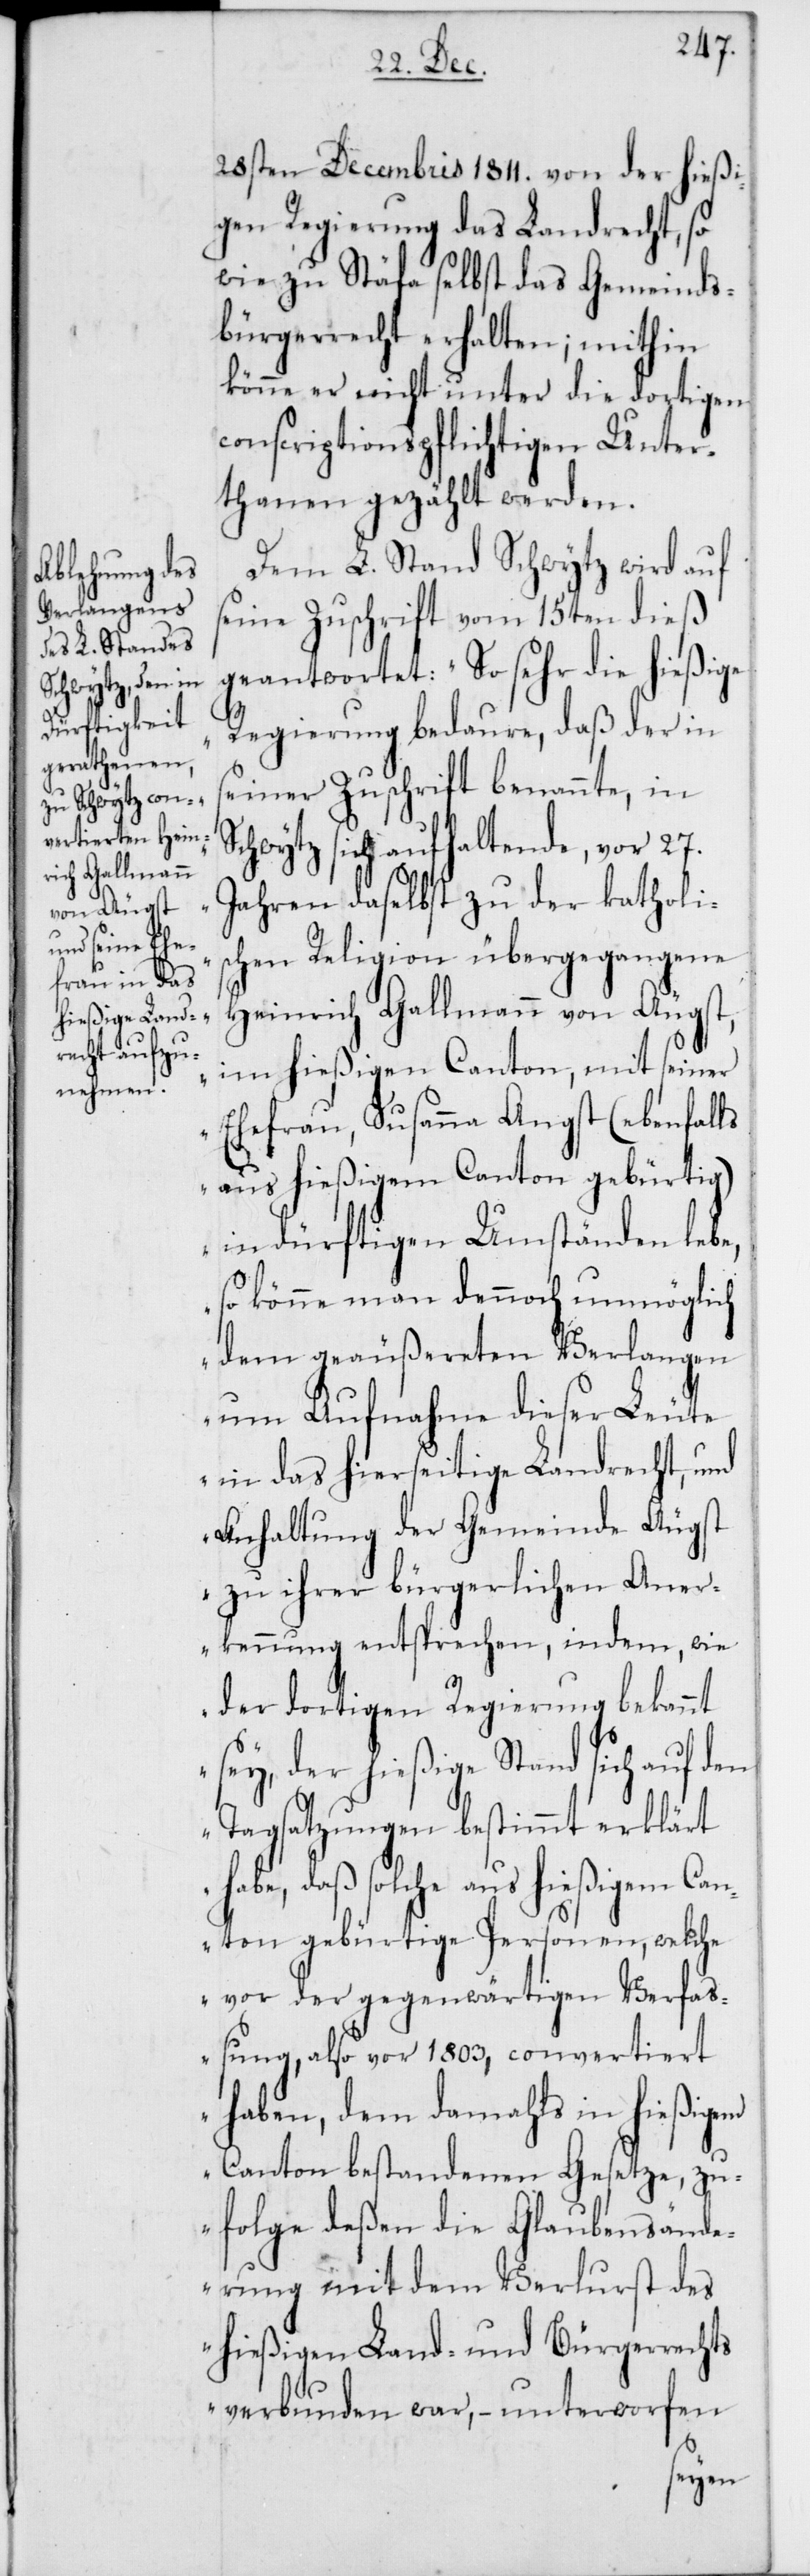
28sten Decembris 1811. von der hießi¬
gen Regierung das Landrecht so¬
wie zu Stäfa selbst das Gemeinds¬
bürgerrecht erhalten; mithin
könne er nicht unter die dortigen
conscriptionspflichtigen Unter¬
thanen gezählt werden.
Dem L. Stand Schwytz wird auf
seine Zuschrift vom 15ten dieß
geantwortet: „So sehr die hießige
Regierung bedaure, daß der in
seiner Zuschrift benannte, in
Schwytz sich aufhaltende, vor 27.
Jahren daselbst zu der katholi¬
schen Religion übergegangene
Heinrich Gallmann von Aeugst,
im hießigen Canton, mit seiner
Ehefrau, Susanna Angst (ebenfalls
aus hießigem Canton gebürtig)
in dürftigen Umständen lebe,
so könne man dennoch unmöglich
dem geäußereten Verlangen
um Aufnahme dieser Leute
in das hierseitige Landrecht, und
Anhaltung der Gemeinde Aeugst
zu ihrer bürgerlichen Aner¬
kennung entsprechen, indem, wie
der dortigen Regierung bekannt
sey, der hießige Stand sich auf den
Tagsatzungen bestimmt erklärt
habe, daß solche aus hießigem Can¬
ton gebürtige Personen, welche
vor der gegenwärtigen Verfaß¬
ung, also vor 1803, convertiert
haben, dem damahls in hießigem
Canton bestandenen Gesetze, zu¬
folge deßen die Glaubensände¬
rung mit dem Verlust des
hießigen Land- und Bürgerrechts
verbunden war, – unterworfen